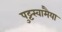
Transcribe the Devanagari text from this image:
पुट्टस्वामैया